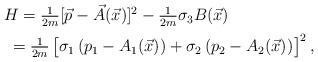
LaTeX: \begin{align*}\begin{array}{c}H=\frac{1}{2m}[\vec{p}-\vec{A}(\vec{x})]^{2}-\frac{1}{2m}\sigma_{3}B(\vec{x})\hspace{1.4cm}\vspace{0.2cm}\\*\hspace{1cm}=\frac{1}{2m}\left[\sigma_{1}\left(p_{1}-A_{1}(\vec{x})\right)+\sigma_{2}\left(p_{2}-A_{2}(\vec{x})\right)\!\frac{}{}\!\right]^{2},\end{array}\end{align*}